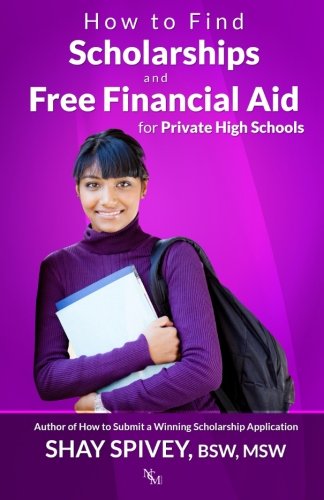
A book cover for How to Find Scholarships and Free Financial Aid for Private High Schools; Shay Spivey; Education & Teaching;